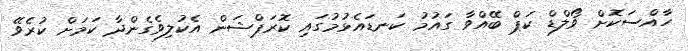
ހާއްސަކޮށް ވޯލްޑް ކަޕް ބޭއްވާ ގައުމު ކަނޑައެޅުމުގައި ކޮރަޕްޝަން އެކުލިވެގެންދާ ކަމަށް ކުރެވޭ